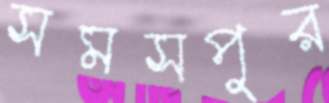
সমসপুর